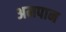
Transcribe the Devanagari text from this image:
अमपान